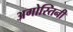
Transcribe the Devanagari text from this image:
अगोस्तिनी